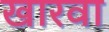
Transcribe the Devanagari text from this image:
खारवा